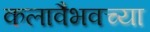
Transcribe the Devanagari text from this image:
कलावैभवच्या